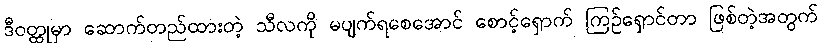
ဒီဝတ္ထုမှာ ဆောက်တည်ထားတဲ့ သီလကို မပျက်ရစေအောင် စောင့်ရှောက် ကြဉ်ရှောင်တာ ဖြစ်တဲ့အတွက်